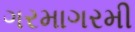
ગરમાગરમી